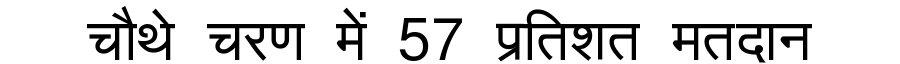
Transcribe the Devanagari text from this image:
चौथे चरण में 57 प्रतिशत मतदान